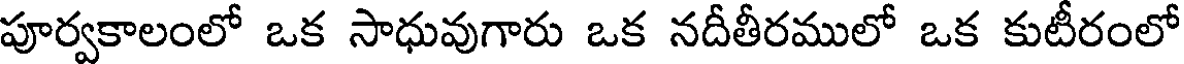
పూర్వకాలంలో ఒక సాధువుగారు ఒక నదీతీరములో ఒక కుటీరంలో